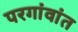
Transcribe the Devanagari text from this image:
परगांवांत